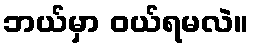
ဘယ်မှာ ဝယ်ရမလဲ။